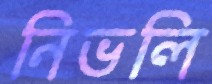
নিভলি